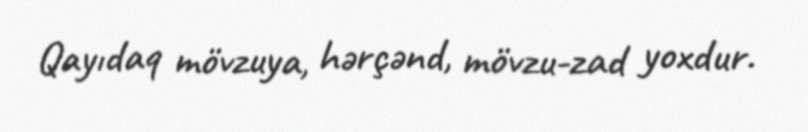
Qayıdaq mövzuya, hərçənd, mövzu-zad yoxdur.